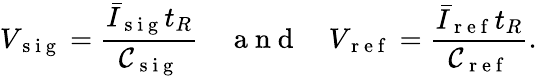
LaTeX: V_{\mathrm{~s~i~g~}}=\frac{\bar{I}_{\mathrm{~s~i~g~}}t_{R}}{\mathcal{C}_{\mathrm{~s~i~g~}}}\quad\mathrm{~a~n~d~}\quad V_{\mathrm{~r~e~f~}}=\frac{\bar{I}_{\mathrm{~r~e~f~}}t_{R}}{\mathcal{C}_{\mathrm{~r~e~f~}}}.